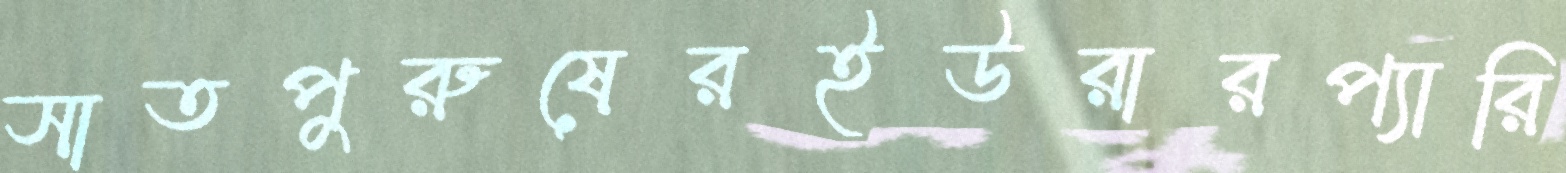
সাতপুরুষেরইউরারপ্যারি